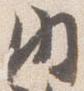
内